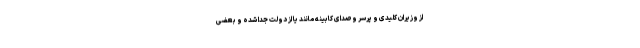
از وزیران کلیدی و پُرسر وصدای کابینه مانند یا از دولت جدا شده و بعضی